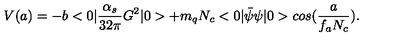
V ( a ) = - b < 0 | { \frac { \alpha _ { s } } { 3 2 \pi } } G ^ { 2 } | 0 > + m _ { q } N _ { c } < 0 | \bar { \psi } \psi | 0 > c o s ( { \frac { a } { f _ { a } N _ { c } } } ) .